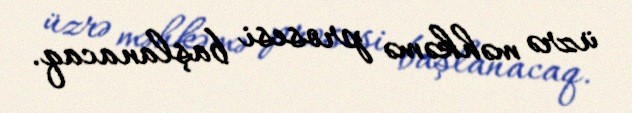
üzrə məhkəmə prosesi başlanacaq.